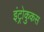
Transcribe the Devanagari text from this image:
इंट्रोकुकस